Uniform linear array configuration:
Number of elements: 4
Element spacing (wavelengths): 0.5
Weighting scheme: cosine
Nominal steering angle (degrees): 60
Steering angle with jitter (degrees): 60.837
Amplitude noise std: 0.05
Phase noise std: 0.05

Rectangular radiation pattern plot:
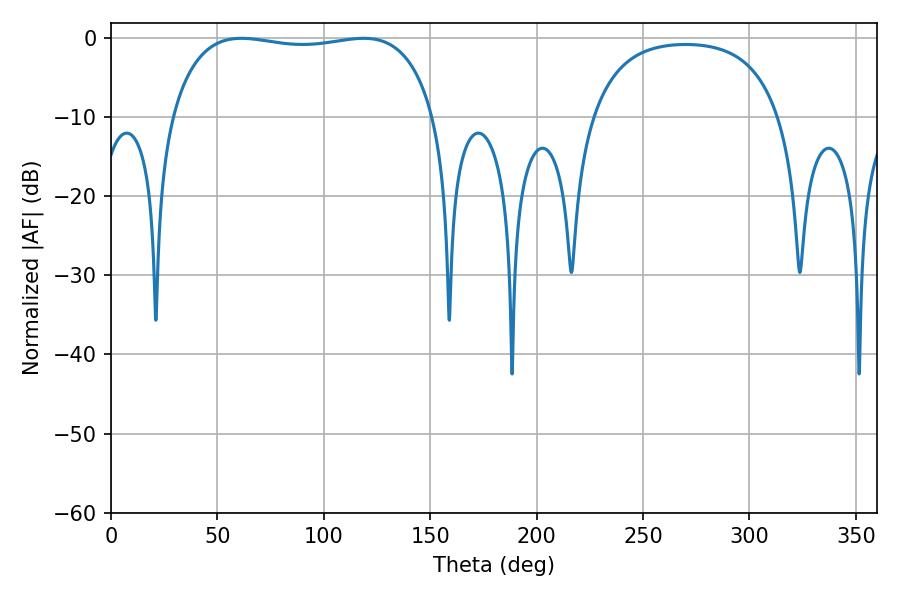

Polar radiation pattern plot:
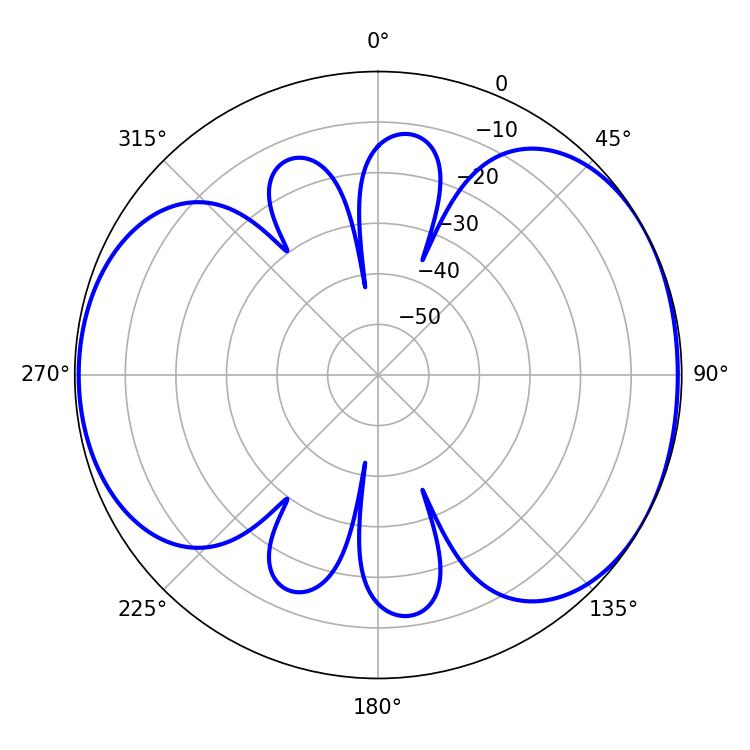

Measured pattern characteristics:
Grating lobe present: FALSE
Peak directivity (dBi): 5.196
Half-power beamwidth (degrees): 99.72
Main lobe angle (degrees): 61.2